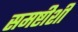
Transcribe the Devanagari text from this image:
समष्टीशी